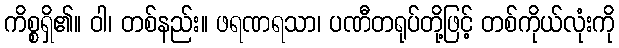
ကိစ္စရှိ၏။ ဝါ၊ တစ်နည်း။ ဖရဏရသာ၊ ပဏီတရုပ်တို့ဖြင့် တစ်ကိုယ်လုံးကို